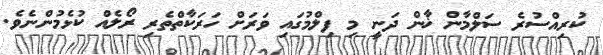
ކުރިއްސުރެ ސަލްމާން ޚާން ދަނީ މި ފިލްމުގައި ވަރަށް ހަރަކާތްތެރި ރޯލެއް ކުޅެމުންނެވެ.